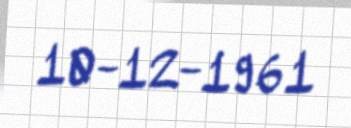
10-12-1961